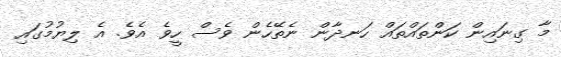
މާ ގިނައިން ކަންތައްތައް ހަނދާން ނެތޭހެން ވެސް ހީވެ އެވެ. އެ ލިޔުމުގައި